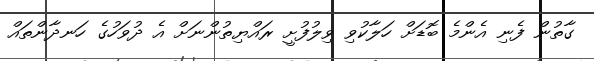
ގާތުން ފެނި އެންމެ ބޮޑަށް ހަލާކުވި ވިލުފުށީ ރައްޔިތުންނަށް އެ ދުވަހުގެ ހަނދާންތައް